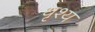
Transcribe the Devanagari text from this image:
धृश्य